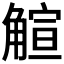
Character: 𧤎